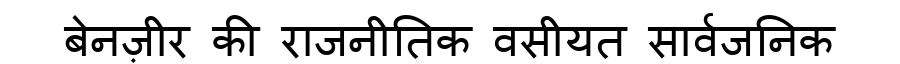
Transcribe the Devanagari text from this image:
बेनज़ीर की राजनीतिक वसीयत सार्वजनिक